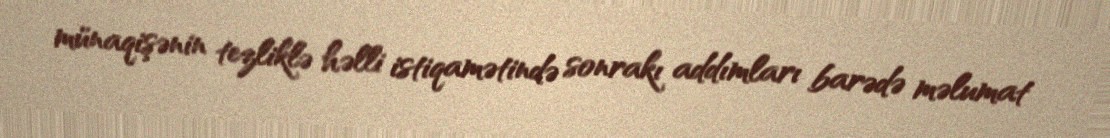
münaqişənin tezliklə həlli istiqamətində sonrakı addımları barədə məlumat